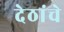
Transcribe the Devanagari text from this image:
देठांचे